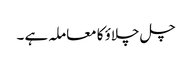
چل چلاؤ کا معاملہ ہے ۔